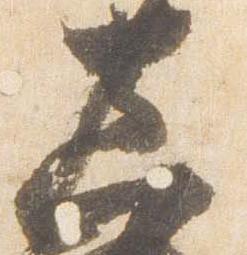
真